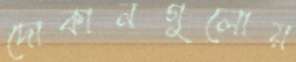
দোকানগুলোয়